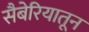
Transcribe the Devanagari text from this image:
सैबेरियातून